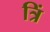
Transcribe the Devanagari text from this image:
त्रिं